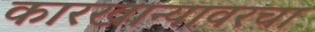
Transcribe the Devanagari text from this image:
कारखान्यावरचा